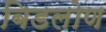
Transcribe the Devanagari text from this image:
बिडलोण